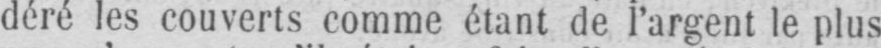
déré les couverts comme étant de l’argent le plus